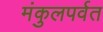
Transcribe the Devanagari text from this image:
मंकुलपर्वत